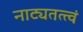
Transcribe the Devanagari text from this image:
नाट्यतत्त्वं